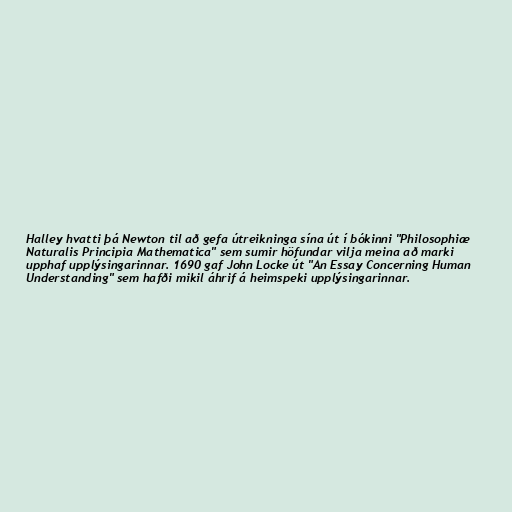
Halley hvatti þá Newton til að gefa útreikninga sína út í bókinni "Philosophiæ
Naturalis Principia Mathematica" sem sumir höfundar vilja meina að marki
upphaf upplýsingarinnar. 1690 gaf John Locke út "An Essay Concerning Human
Understanding" sem hafði mikil áhrif á heimspeki upplýsingarinnar.